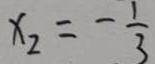
x _ { 2 } = - \frac { 1 } { 3 }